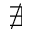
\nexists